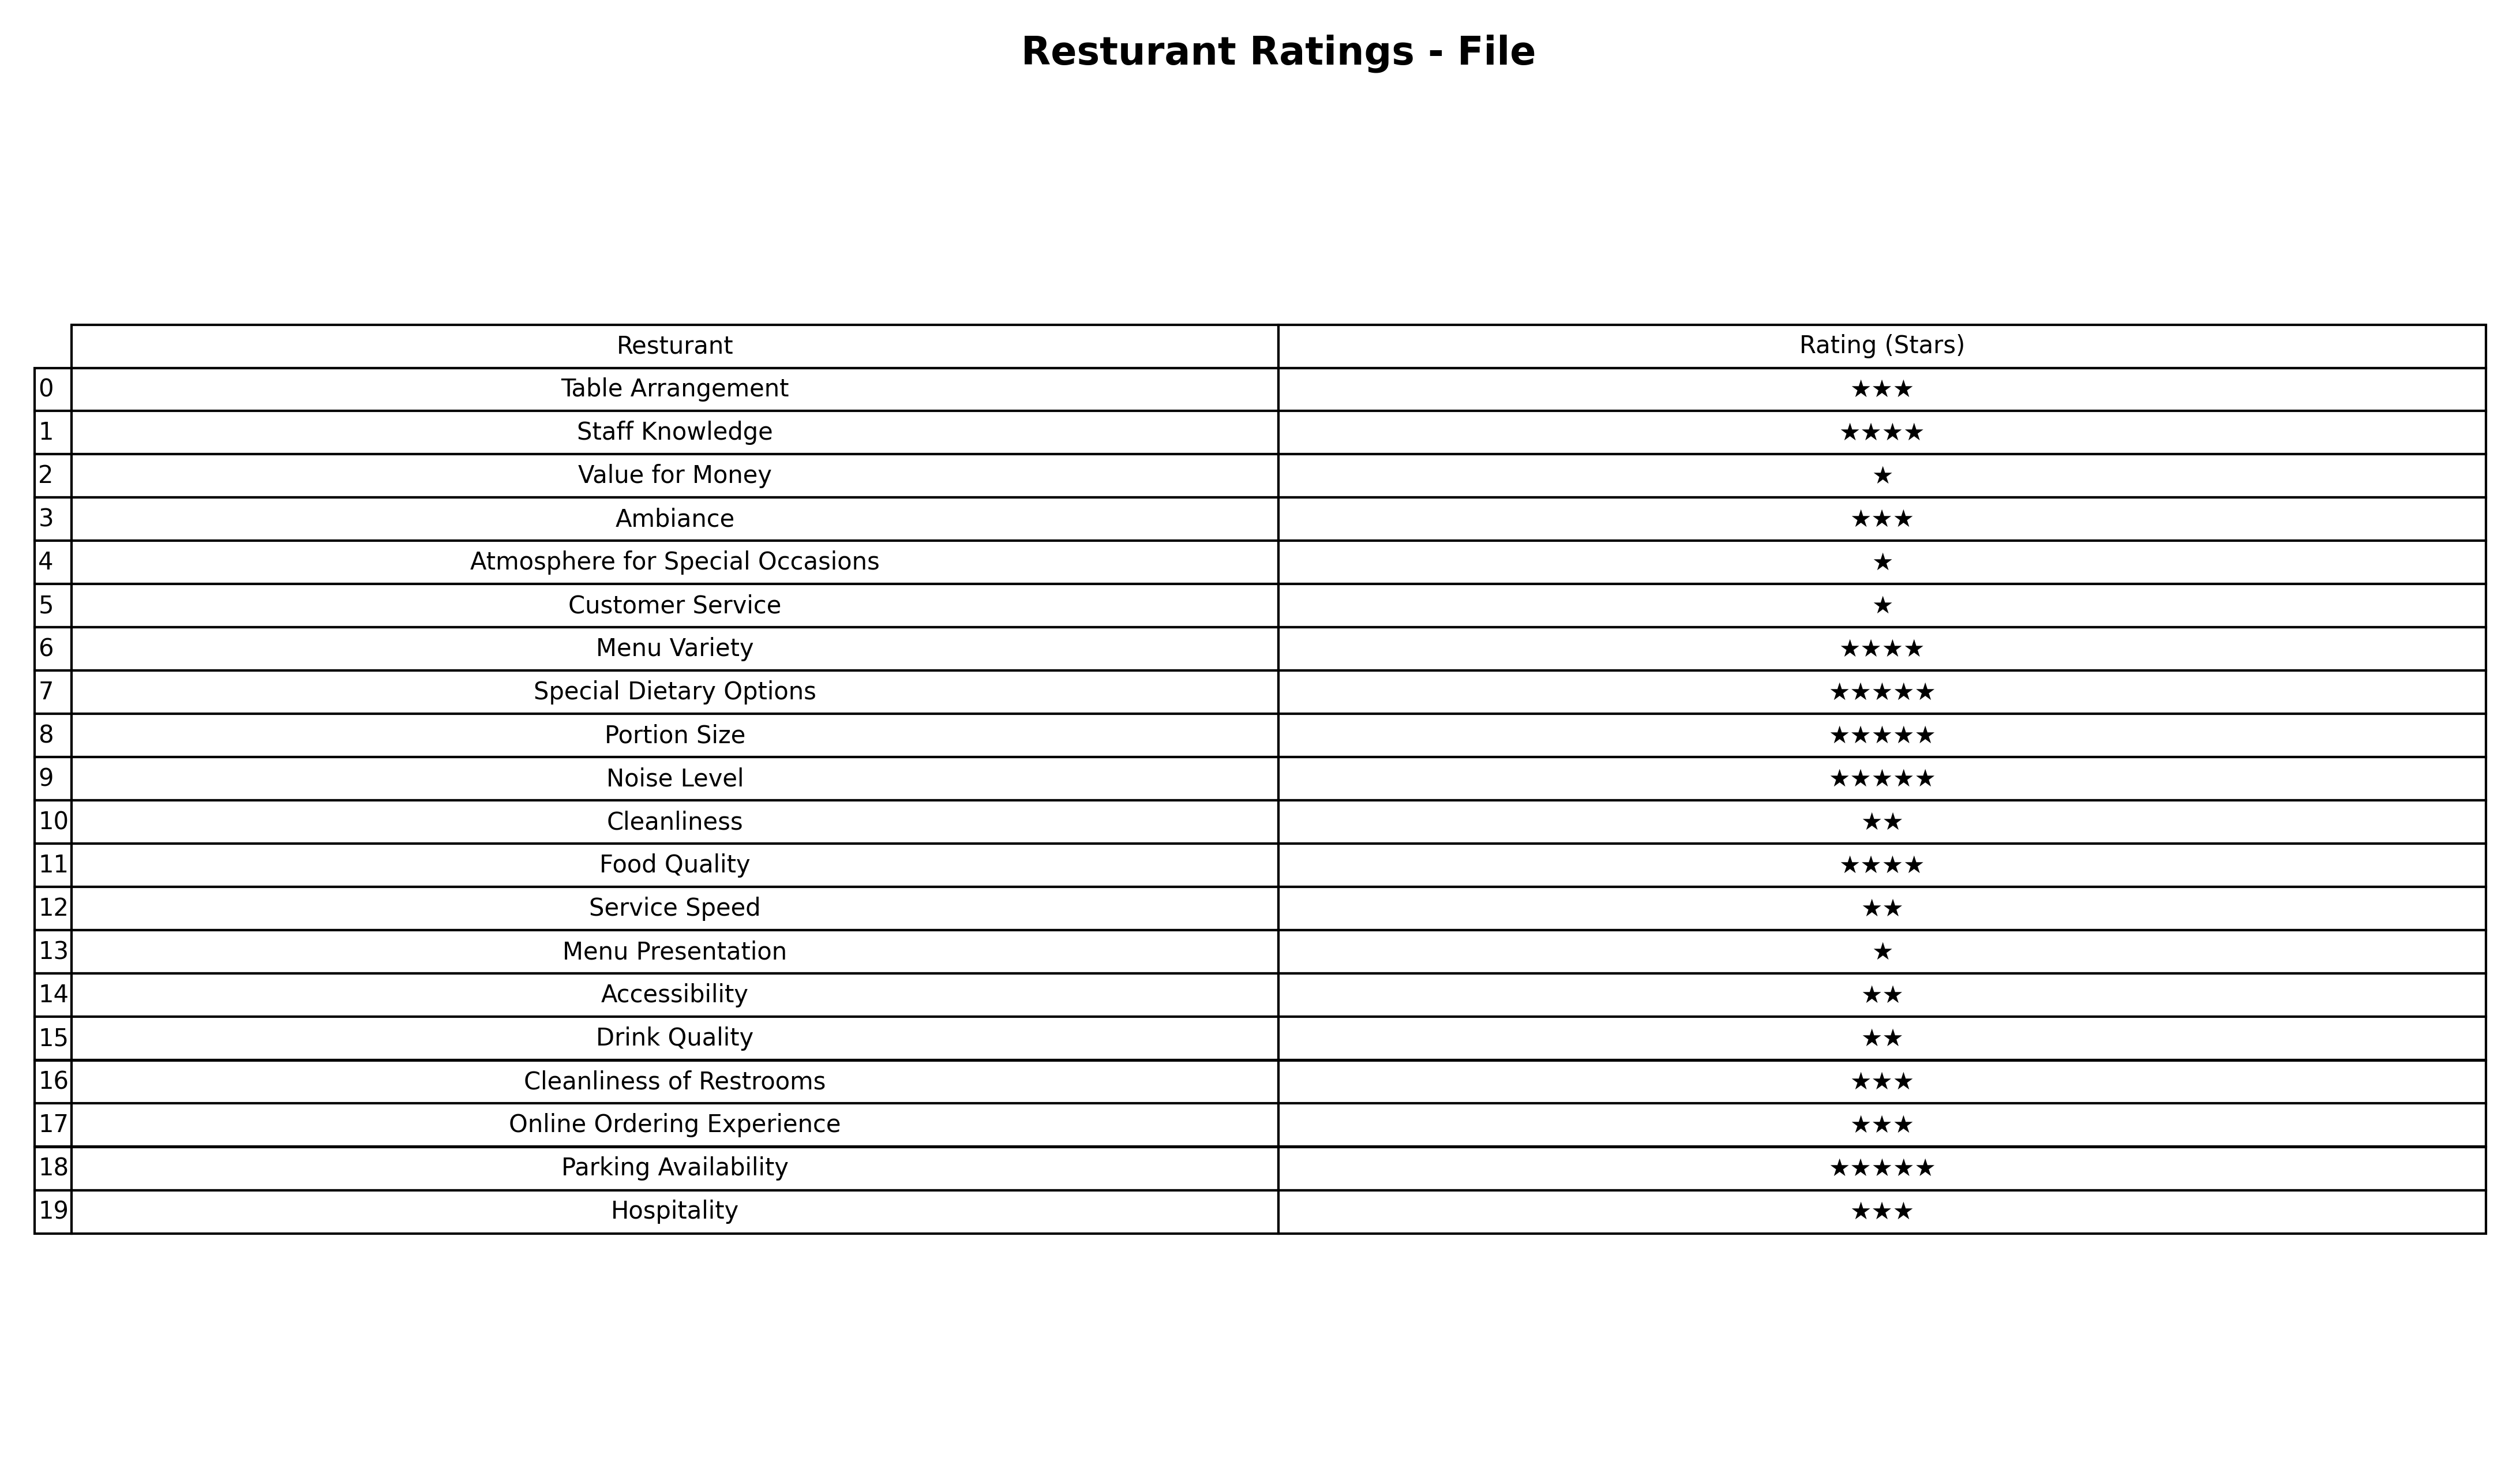
question: What are one star services?
answer: Value for MoneyAtmosphere for Special OccasionsCustomer ServiceMenu Presentation